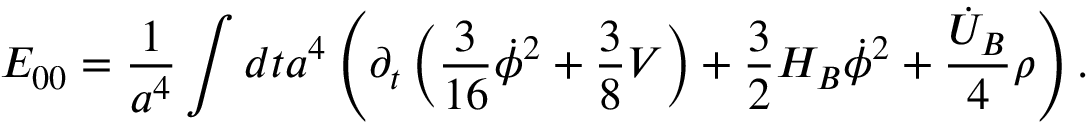
E _ { 0 0 } = \frac { 1 } { a ^ { 4 } } \int d t a ^ { 4 } \left( \partial _ { t } \left( \frac { 3 } { 1 6 } \dot { \phi } ^ { 2 } + \frac { 3 } { 8 } V \right) + \frac { 3 } { 2 } H _ { B } \dot { \phi } ^ { 2 } + \frac { \dot { U } _ { B } } { 4 } \rho \right) .